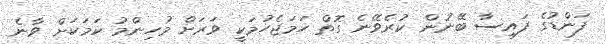
ފަންޑުގެ ފައިސާ ބޭނުން ކުރެވޭނެ ގޮތް ހަމަޖެހުމަކީ ވަރަށް މުހިންމު ކަމަކަށް ވާނެ